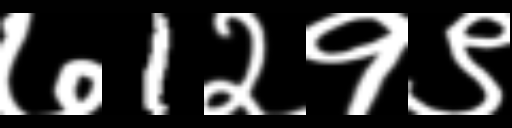
Text: ७1२१९